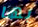
بها